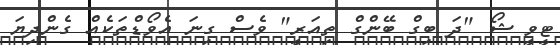
ޓީވީ ޝޯ "ދަ ބިގް ބޭންގް ތިއަރީ" ވެސް ގިނަ އެވޯޑްތަކެއް ގެންދިޔަ